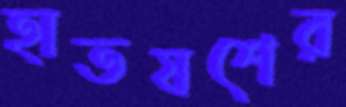
হাতযশের